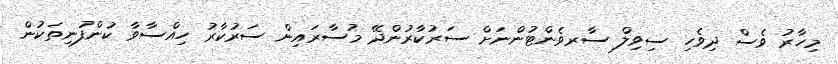
މިހާރު ވެސް ދިވެހި ސިވިލް ސާރވެންޓުންނަށް ސަރުކާރުންދޭ މުސާރައިން ސަރުކާރު ހިއްސާވާ ކުންފުނިތަކުން